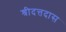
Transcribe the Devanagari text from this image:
श्रीदत्तदास